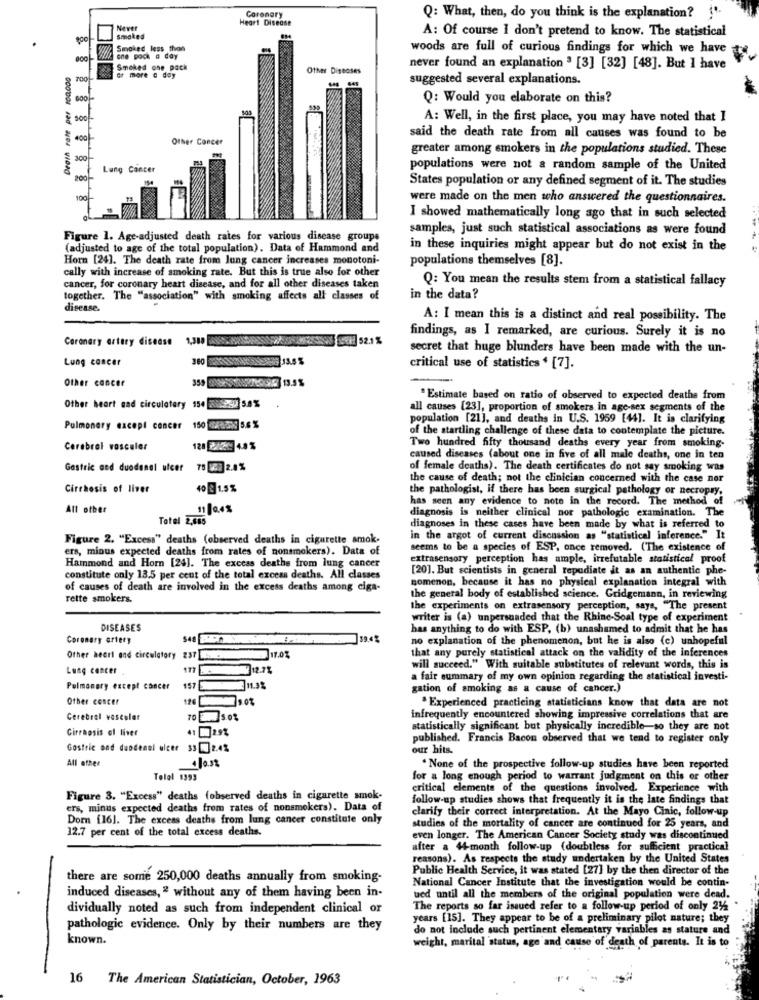
Coronary
Heart Disease
Q: What, then, do you think is the explanation? ! "
Never
smoked
A: Of course I don't pretend to know. The statistical
Smoked less than
woods are full of curious findings for which we have
one pock a day
8
Smoked one pack
Other Diseases
never found an explanation " [3] [32] [48]. But I have
700
or more a day
suggested several explanations.
Q: Would you elaborate on this?
100
8 8 8
A: Well, in the first place, you may have noted that I
400
Other Concer
said the death rate from all causes was found to be
greater among smokers in the populations studied. These
300
Lung Cancer
populations were not a random sample of the United
200
States population or any defined segment of it. The studies
100
were made on the men who answered the questionnaires.
I showed mathematically long ago that in such selected
samples, just such statistical associations as were found
Figure 1. Age-adjusted death rates for various disease groups
(adjusted to age of the total population). Data of Hammond and
in these inquiries might appear but do not exist in the
Horn [24]. The death rate from lung cancer increases monotoni-
populations themselves [8].
cally with increase of smoking rate. But this is true also for other
cancer, for coronary heart disease, and for all other diseases taken
Q: You mean the results stem from a statistical fallacy
together. The "association" with smoking affects all classes of
in the data?
disease.
A: I mean this is a distinct and real possibility. The
Coronary artery disease
findings, as I remarked, are curious. Surely it is no
secret that huge blunders have been made with the un-
Lung cancer
critical use of statistics * [7].
Other cancer
" Estimate based on ratio of observed to expected deaths from
Other heart cad circulatory 154 28Pi 5.8 %
all causes [23], proportion of smokers in age-sex segments of the
population [21], and deaths in U.S. 1959 [44]. It is clarifying
Pulmonary except concer 150 08-200 5.6 %
of the startling challenge of these data to contemplate the picture.
Cerebral vosceler
Two hundred fifty thousand deaths every year from smoking-
caused diseases (about one in five of all male deaths, one in ten
Gastric and duodenal ulcer
75 23 2.4%
of female deaths). The death certificates do not say smoking was
the cause of death; not the clinician concerned with the case ner
Cirrhosis of liver
40 1.5%
the pathologist, if there has been surgical pathology or necropry.
has seen any evidence to note in the record. The method of
All other
11048
diagnosis is neither clinical nor pathologic examination. The
Total 2,406
diagnoses in these cases have been made by what is referred to
Figure 2. "Excess" deaths (observed deaths in cigarette amok.
in the argot of current discussion as "statistical inference." It
ers, minus expected deaths from rates of nonsmokers). Data of
seems to be a species of ESP, once removed. ('The existence of
Hammond and Horn [24]. The excess deaths from lung cancer
extrasensory perception has ample, irrefutable statistical proof
[20]. But scientists in general repudiate it as an authentic phe-
constitute only 13.5 per cent of the total excess deaths. All classes
nomenon, because it has no physical explanation integral with
of causes of death are involved in the excess deaths among ciga-
rette smokers.
the general body of established science. Gridgemann, in reviewing
the experiments on extrasensory perception, says, "The present
writer is (a) unpersuaded that the Rhine-Soal type of experiment
DISEASES
has anything to do with ESP, (b) unashamed to admit that he has
Coronary artery
no explanation of the phenomenon, but he is also (c) unhopeful
that any purely statistical attack on the validity of the inferences
Other heart and circulatory 237 .
17.03
Lung cancer
177 -8882 12.7%
will succeed." With suitable substitutes of relevant words, this is
a fair summary of my own opinion regarding the statistical investi-
Pulmonary except cancer
157311.3%
gation of smoking as a cause of cancer.)
Other concer
.Experienced practicing statisticians know that data are not
Cerebral vascular
70 50%
infrequently encountered showing impressive correlations that are
Cirrhosis ol livet
41 294
statistically significant but physically incredible-so they are not
published. Francis Bacon observed that we tend to register only
Gastric ood duodenel ulcer 33 0 2.4%
our hits.
All other
. None of the prospective follow-up studies have been reported
Tolol 1393
for a long enough period to warrant judgment on this or other
critical elements of the questions involved. Experience with
Figure 3. "Excess" deaths (observed deaths in cigarette smok-
follow-up studies shows that frequently it is the late findings that
ers, minus expected deaths from rates of nonsmokers). Data of
clarify their correct interpretation. At the Mayo Cinic, follow-up
Dorn [16]. The excess deaths from lung cancer constitute only
12.7 per cent of the total excess deaths.
studies of the mortality of cancer are continued for 25 years, and
even longer. The American Cancer Society study was discontinued
after a 44-month follow-up (doubtless for sufficient practical
reasons). As respects the study undertaken by the United States
Public Health Service, it was stated [27] by the then director of the
there are some 250,000 deaths annually from smoking-
National Cancer Institute that the investigation would be contin-
induced diseases, " without any of them having been in-
ued until all the members of the original population were dead.
dividually noted as such from independent clinical or
The reports so far issued refer to a follow-up period of only 244
years [15]. They appear to be of a preliminary pilot nature; they
pathologic evidence. Only by their numbers are they
do not include such pertinent elementary variables as stature and
known.
weight, marital 'status, age and cause of death of parents. It is to
16 The American Statistician, October, 1963